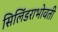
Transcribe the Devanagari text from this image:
सिलिंडराभोवती